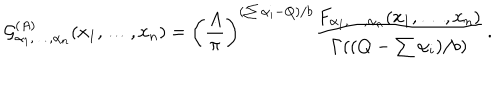
{ \cal G } _ { \alpha _ { 1 } , \ldots , \alpha _ { n } } ^ { ( A ) } ( x _ { 1 } , \ldots , x _ { n } ) = \left( { \frac { A } { \pi } } \right) ^ { ( \sum \alpha _ { i } - Q ) / b } { \frac { F _ { \alpha _ { 1 } , \ldots , \alpha _ { n } } ( x _ { 1 } , \ldots , x _ { n } ) } { \Gamma ( ( Q - \sum \alpha _ { i } ) / b ) } } \, .